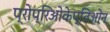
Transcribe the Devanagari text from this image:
प्रोप्रिओकेप्तिओन